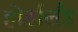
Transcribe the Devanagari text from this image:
होर्डालैंड